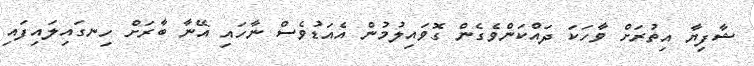
ޝާފިޔާ އިތުރަށް ވާހަކަ ދައްކަންވެގެން ގޮވައިލުމުން އެއަޑުވެސް ނާހައި އޭނާ ބާރަށް ހިނގައިލައިފައި